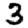
Digit: 3